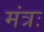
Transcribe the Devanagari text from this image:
मंत्रः